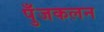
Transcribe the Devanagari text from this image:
पुँजकलन